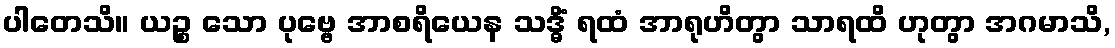
ပါတေသိ။ ယဉ္စ သော ပုဗ္ဗေ အာစရိယေန သဒ္ဓိံ ရထံ အာရုဟိတွာ သာရထိ ဟုတွာ အဂမာသိ,